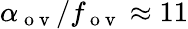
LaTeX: \alpha_{\mathrm{~o~v~}}/f_{\mathrm{~o~v~}}\approx 11